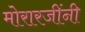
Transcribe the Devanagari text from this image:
मोरारजींनी